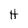
Character: H